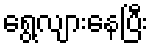
ရွေ့လျားနေပြီး